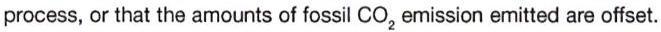
process, or that the amounts of fossil CO2 emission emitted are offset.